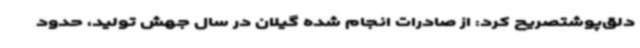
دلق‌پوشتصریح‌ کرد: از صادرات انجام شده گیلان در سال جهش تولید، حدود